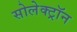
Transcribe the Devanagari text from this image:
सोलेक्ट्रॉन